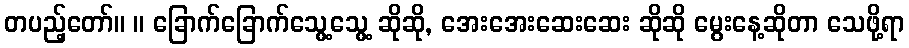
တပည့်တော်။ ။ ခြောက်ခြောက်သွေ့သွေ့ ဆိုဆို, အေးအေးဆေးဆေး ဆိုဆို မွေးနေ့ဆိုတာ သေဖို့ရာ